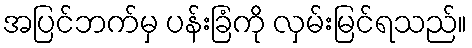
အပြင်ဘက်မှ ပန်းခြံကို လှမ်းမြင်ရသည်။